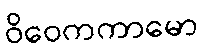
ဝိဝေကကာမော